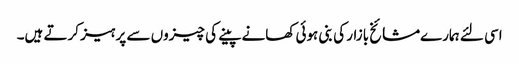
اسی لئے ہمارےمشائخ بازار کی بنی ہوئی کھانے پینے کی چیزوں سے پرہیز کرتے ہیں۔